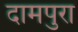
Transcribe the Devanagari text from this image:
दामपुरा